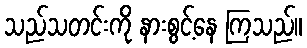
သည်သတင်းကို နားစွင့်နေ ကြသည်။